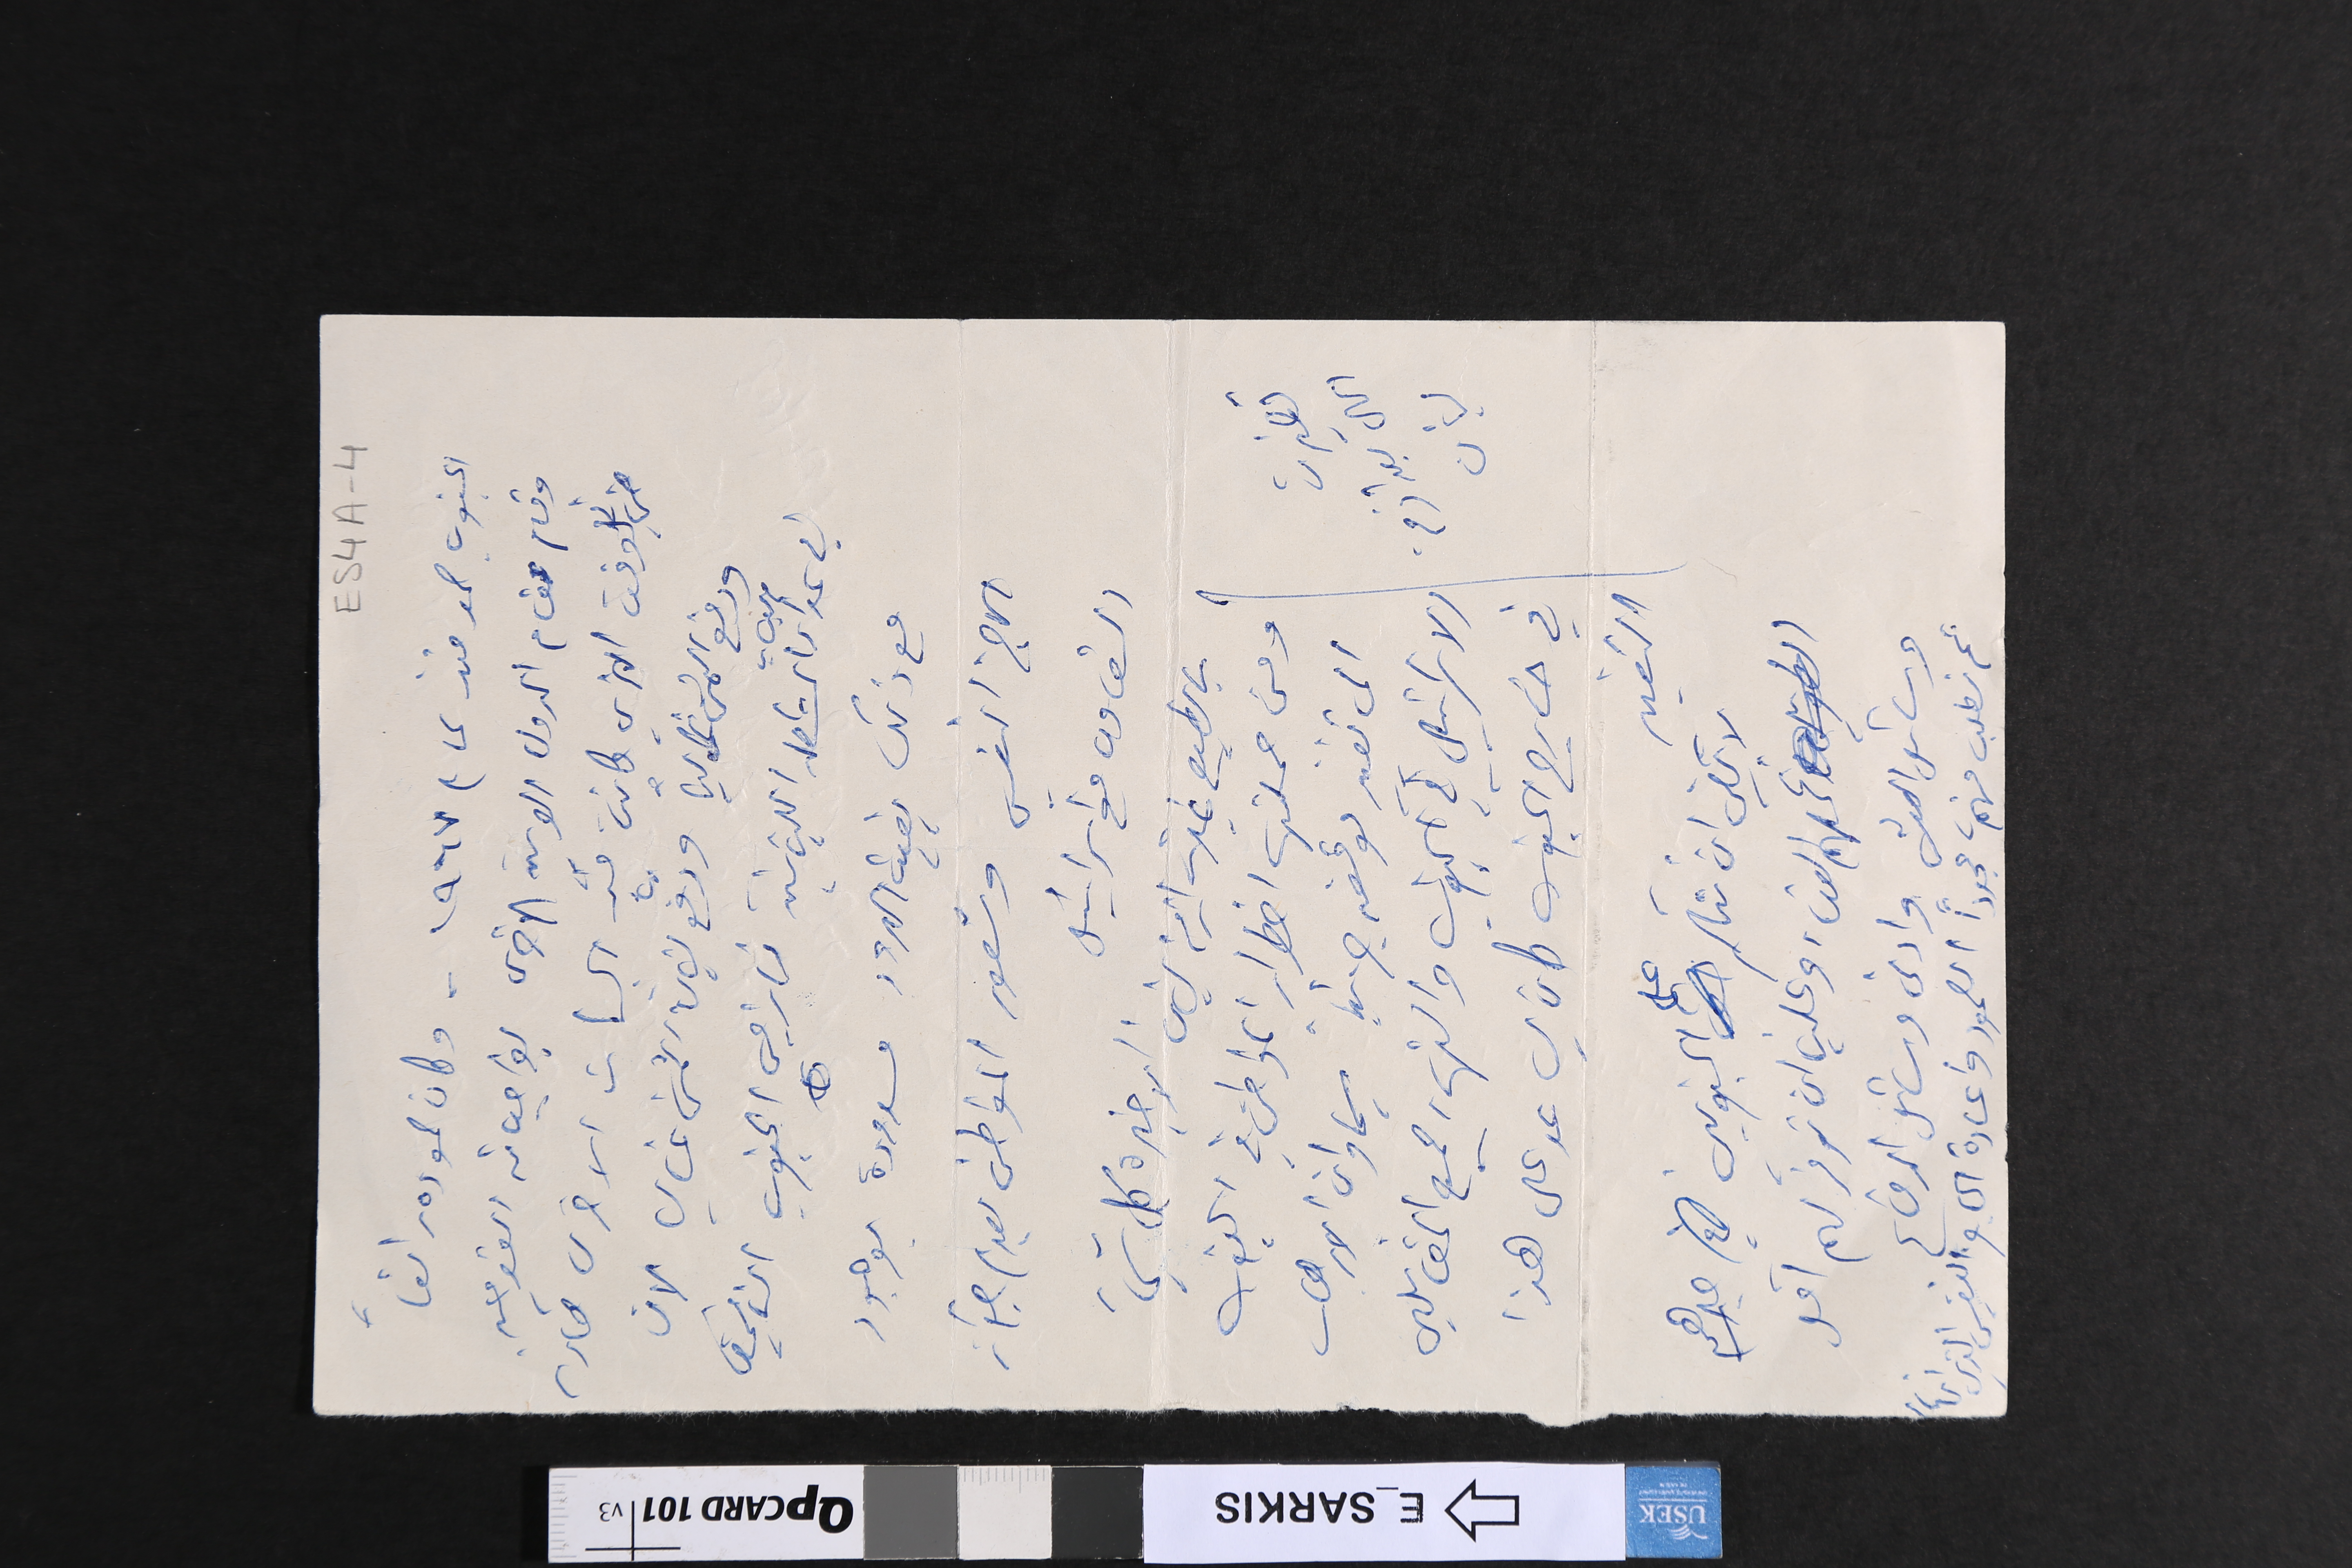
الجنوب صمد منذ عام ١٩٦٧ - وكان صموده رائعاً
وقام مقام الدول العربية الاخرى بواجباته القوميه
في الوقت الذي كانت فيه الجهات الاخرى صامتت
ودفع الثمن غالياً ودفع لبنان الثمن غالي لان
في عداد اسباب المشكله اللبنانية نازحي الجنوب الناقمين
مع ذلك بقيت الحدود مسدودة بوجود
الحاجز النفسي وشعور المواطن بعدم جواز
بالطبع غيّرت ازمة لبنان الاخيرة كل شيء
ومن جملتها اضطرار المواطن في الجنوب
الى تغيير موقفه جزئياً سيما وان الارهاب
الاسرائيلي في الجنوب وانتشار جميع المقاتلين
في خارج الجنوب كان يساعد على هذا
لا يكفي ان نتكلم على الجنوبيين في صبرهم
الطويل وتحملهم العناء وعلينا ان نوفر لهم اقل
وسائل العيش وادنى وسائل الدفاع.
تغيرت الحال بعد ازمة لبنان
التغيير
ثم نطلب منهم، مجدداً الصمود واعادة الحاجز النفسي الذي انهار
التعاون مع اسرائيل
ES4A-4